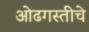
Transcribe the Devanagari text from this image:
ओढगस्तीचे